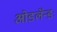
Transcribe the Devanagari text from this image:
ओडलॅन्डः